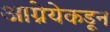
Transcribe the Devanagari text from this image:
आग्नेयेकडून